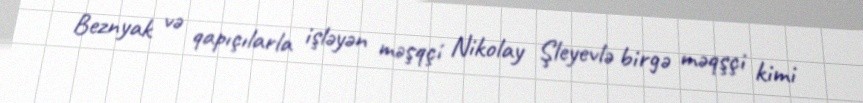
Beznyak və qapıçılarla işləyən məşqçi Nikolay Şleyevlə birgə məqşçi kimi